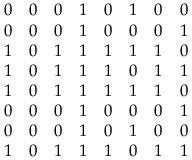
\begin{array} { c c c c c c c c } { 0 } & { 0 } & { 0 } & { 1 } & { 0 } & { 1 } & { 0 } & { 0 } \\ { 0 } & { 0 } & { 0 } & { 1 } & { 0 } & { 0 } & { 0 } & { 1 } \\ { 1 } & { 0 } & { 1 } & { 1 } & { 1 } & { 1 } & { 1 } & { 0 } \\ { 1 } & { 0 } & { 1 } & { 1 } & { 1 } & { 0 } & { 1 } & { 1 } \\ { 1 } & { 0 } & { 1 } & { 1 } & { 1 } & { 1 } & { 1 } & { 0 } \\ { 0 } & { 0 } & { 0 } & { 1 } & { 0 } & { 0 } & { 0 } & { 1 } \\ { 0 } & { 0 } & { 0 } & { 1 } & { 0 } & { 1 } & { 0 } & { 0 } \\ { 1 } & { 0 } & { 1 } & { 1 } & { 1 } & { 0 } & { 1 } & { 1 } \end{array}